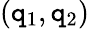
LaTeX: (\mathtt{q}_{1},\mathtt{q}_{2})